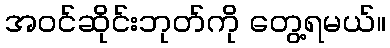
အဝင်ဆိုင်းဘုတ်ကို တွေ့ရမယ်။